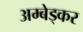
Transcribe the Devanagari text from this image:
अम्बेड्कर